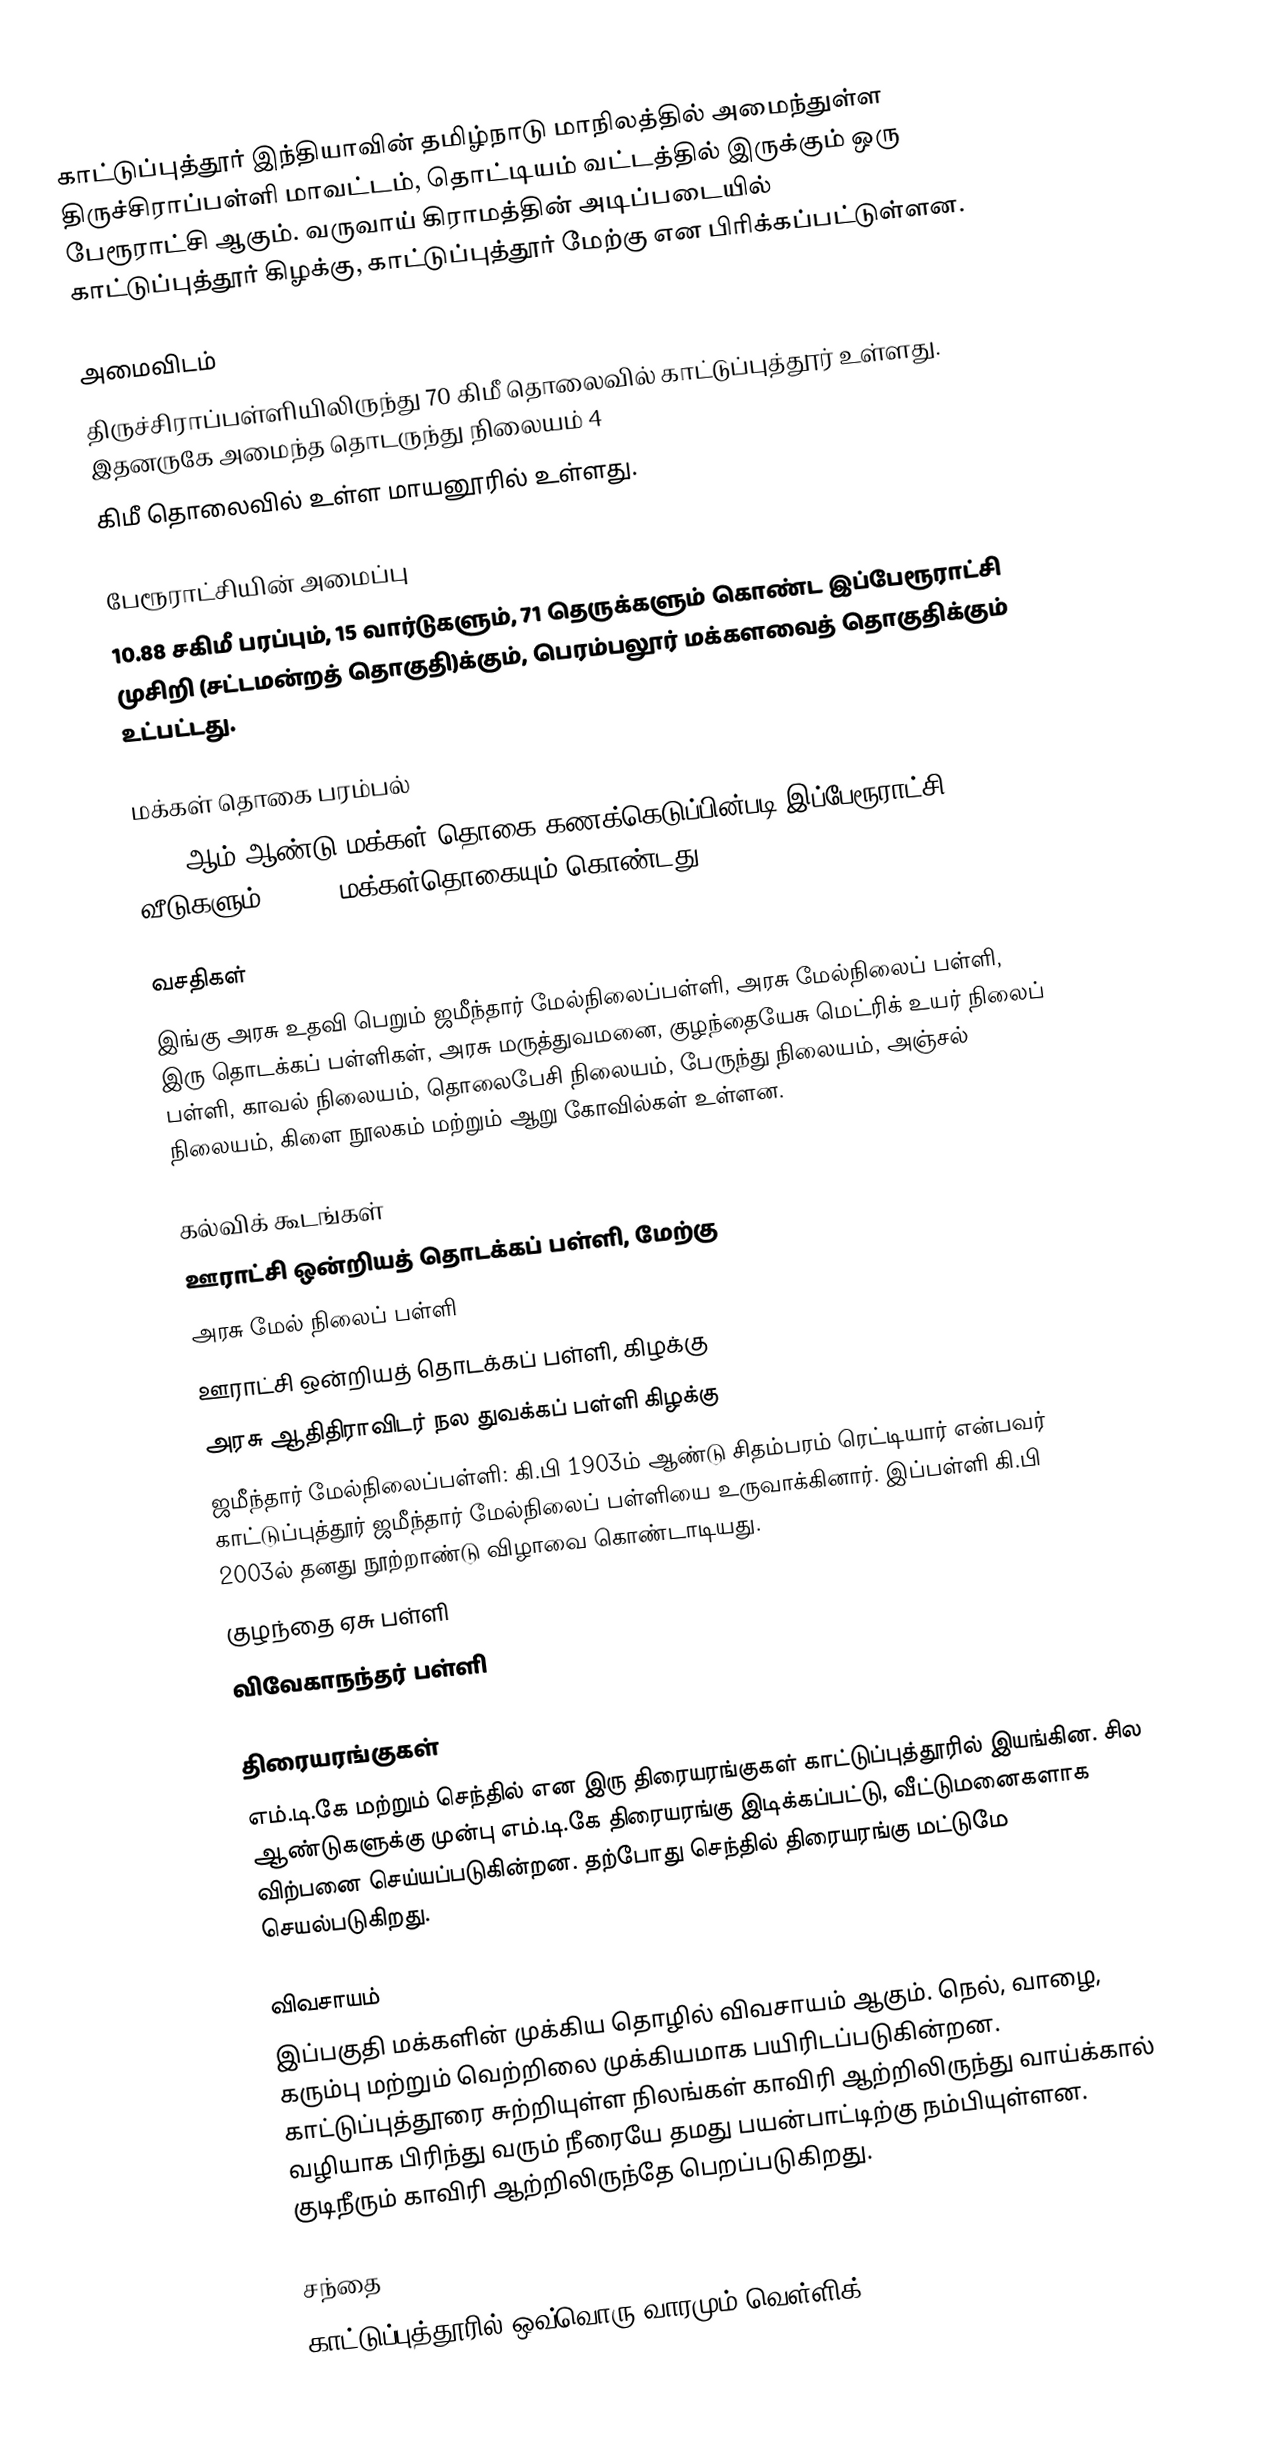
காட்டுப்புத்தூர் இந்தியாவின் தமிழ்நாடு மாநிலத்தில் அமைந்துள்ள திருச்சிராப்பள்ளி மாவட்டம், தொட்டியம் வட்டத்தில் இருக்கும் ஒரு பேரூராட்சி ஆகும். வருவாய் கிராமத்தின் அடிப்படையில் காட்டுப்புத்தூர் கிழக்கு, காட்டுப்புத்தூர் மேற்கு என பிரிக்கப்பட்டுள்ளன.

அமைவிடம்
திருச்சிராப்பள்ளியிலிருந்து 70 கிமீ தொலைவில் காட்டுப்புத்தூர் உள்ளது. இதனருகே அமைந்த தொடருந்து நிலையம்  4
கிமீ தொலைவில் உள்ள மாயனூரில் உள்ளது.

பேரூராட்சியின் அமைப்பு
10.88 சகிமீ பரப்பும், 15 வார்டுகளும்,  71  தெருக்களும் கொண்ட இப்பேரூராட்சி  முசிறி  (சட்டமன்றத் தொகுதி)க்கும், பெரம்பலூர் மக்களவைத் தொகுதிக்கும் உட்பட்டது.

மக்கள் தொகை பரம்பல்
2011-ஆம் ஆண்டு மக்கள் தொகை கணக்கெடுப்பின்படி  இப்பேரூராட்சி   3076 வீடுகளும், 10933  மக்கள்தொகையும் கொண்டது.

வசதிகள்
இங்கு அரசு உதவி பெறும் ஜமீந்தார் மேல்நிலைப்பள்ளி, அரசு மேல்நிலைப் பள்ளி,   இரு தொடக்கப் பள்ளிகள், அரசு மருத்துவமனை, குழந்தையேசு மெட்ரிக் உயர் நிலைப் பள்ளி, காவல் நிலையம், தொலைபேசி நிலையம், பேருந்து நிலையம், அஞ்சல் நிலையம், கிளை நூலகம் மற்றும் ஆறு கோவில்கள் உள்ளன.

கல்விக் கூடங்கள்
 ஊராட்சி ஒன்றியத் தொடக்கப் பள்ளி, மேற்கு
 அரசு மேல் நிலைப் பள்ளி
 ஊராட்சி ஒன்றியத் தொடக்கப் பள்ளி, கிழக்கு
 அரசு ஆதிதிராவிடர் நல துவக்கப் பள்ளி கிழக்கு
 ஜமீந்தார் மேல்நிலைப்பள்ளி: கி.பி 1903ம் ஆண்டு சிதம்பரம் ரெட்டியார் என்பவர் காட்டுப்புத்தூர் ஜமீந்தார் மேல்நிலைப் பள்ளியை உருவாக்கினார். இப்பள்ளி கி.பி 2003ல் தனது நூற்றாண்டு விழாவை கொண்டாடியது.
 குழந்தை ஏசு பள்ளி
 விவேகாநந்தர் பள்ளி

திரையரங்குகள்
எம்.டி.கே மற்றும் செந்தில் என இரு திரையரங்குகள் காட்டுப்புத்தூரில் இயங்கின. சில ஆண்டுகளுக்கு முன்பு எம்.டி.கே திரையரங்கு இடிக்கப்பட்டு, வீட்டுமனைகளாக விற்பனை செய்யப்படுகின்றன. தற்போது செந்தில் திரையரங்கு மட்டுமே செயல்படுகிறது.

விவசாயம்
இப்பகுதி மக்களின் முக்கிய தொழில் விவசாயம் ஆகும். நெல், வாழை, கரும்பு மற்றும் வெற்றிலை  முக்கியமாக பயிரிடப்படுகின்றன. காட்டுப்புத்தூரை சுற்றியுள்ள நிலங்கள் காவிரி ஆற்றிலிருந்து வாய்க்கால் வழியாக பிரிந்து வரும் நீரையே தமது பயன்பாட்டிற்கு நம்பியுள்ளன. குடிநீரும் காவிரி ஆற்றிலிருந்தே பெறப்படுகிறது.

சந்தை
காட்டுப்புத்தூரில் ஒவ்வொரு வாரமும் வெள்ளிக்